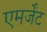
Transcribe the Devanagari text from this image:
एमर्जेंट